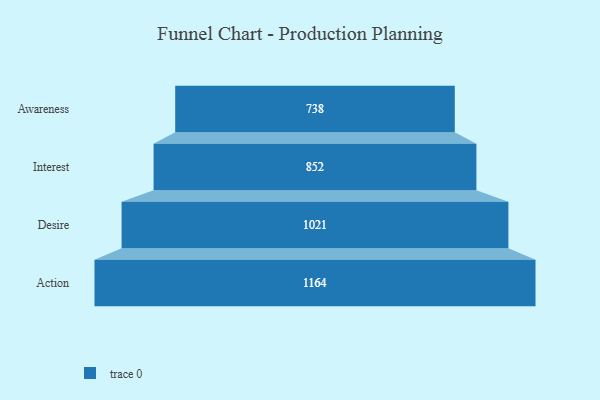
{"axis": {"x": "Stage", "y": "Value"}, "legend": [""], "data": [{"x": "Awareness", "y": 738.0, "type": ""}, {"x": "Interest", "y": 852.0, "type": ""}, {"x": "Desire", "y": 1021.0, "type": ""}, {"x": "Action", "y": 1164.0, "type": ""}]}